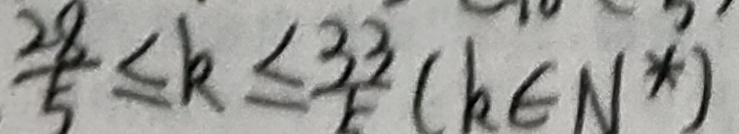
\frac { 2 8 } { 5 } \leq k \leq \frac { 3 3 } { k } ( k \in N ^ { \ast } )